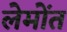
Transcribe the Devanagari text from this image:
लेमोंत